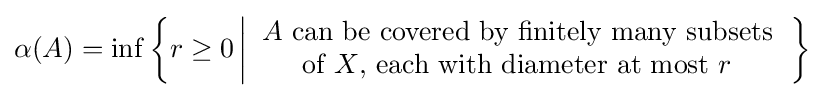
\alpha (A)=\inf \left\{r\geq 0\left|{\begin{array}{c}A{\text{ can be covered by finitely many subsets}}\\{\text{of }}X{\text{, each with diameter at most }}r\end{array}}\right.\right\}